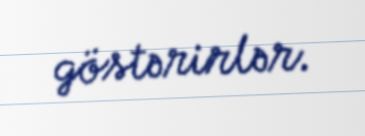
göstərirlər.